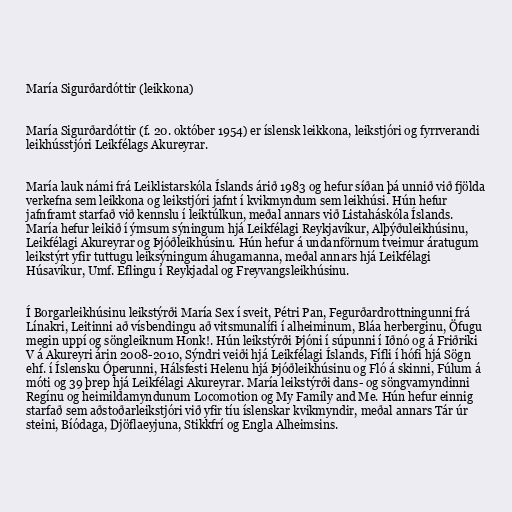
María Sigurðardóttir (leikkona)

María Sigurðardóttir (f. 20. október 1954) er íslensk leikkona, leikstjóri og fyrrverandi
leikhússtjóri Leikfélags Akureyrar.

María lauk námi frá Leiklistarskóla Íslands árið 1983 og hefur síðan þá unnið við fjölda
verkefna sem leikkona og leikstjóri jafnt í kvikmyndum sem leikhúsi. Hún hefur
jafnframt starfað við kennslu í leiktúlkun, meðal annars við Listaháskóla Íslands.
María hefur leikið í ýmsum sýningum hjá Leikfélagi Reykjavíkur, Alþýðuleikhúsinu,
Leikfélagi Akureyrar og Þjóðleikhúsinu. Hún hefur á undanförnum tveimur áratugum
leikstýrt yfir tuttugu leiksýningum áhugamanna, meðal annars hjá Leikfélagi
Húsavíkur, Umf. Eflingu í Reykjadal og Freyvangsleikhúsinu.

Í Borgarleikhúsinu leikstýrði María Sex í sveit, Pétri Pan, Fegurðardrottningunni frá
Línakri, Leitinni að vísbendingu að vitsmunalífi í alheiminum, Bláa herberginu, Öfugu
megin uppí og söngleiknum Honk!. Hún leikstýrði Þjóni í súpunni í Iðnó og á Friðriki
V á Akureyri árin 2008-2010, Sýndri veiði hjá Leikfélagi Íslands, Fífli í hófi hjá Sögn
ehf. í Íslensku Óperunni, Hálsfesti Helenu hjá Þjóðleikhúsinu og Fló á skinni, Fúlum á
móti og 39 þrep hjá Leikfélagi Akureyrar. María leikstýrði dans- og söngvamyndinni
Regínu og heimildamyndunum Locomotion og My Family and Me. Hún hefur einnig
starfað sem aðstoðarleikstjóri við yfir tíu íslenskar kvikmyndir, meðal annars Tár úr
steini, Bíódaga, Djöflaeyjuna, Stikkfrí og Engla Alheimsins.